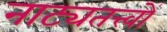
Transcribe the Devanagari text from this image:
नाट्यतत्त्वों